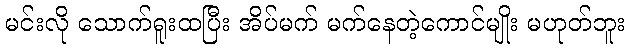
မင်းလို သောက်ရူးထပြီး အိပ်မက် မက်နေတဲ့ကောင်မျိုး မဟုတ်ဘူး